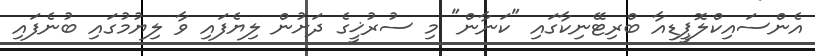
އެންސައިކްލޮޕީޑިއާ ބްރިޓޭނިކާގައި "ކަނާން" މި ސުރުޚީގެ ދަށުން ލިޔެފައި ވާ ލިޔުމުގައި ބުނެފައި